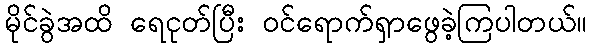
မိုင်ခွဲအထိ ရေငုတ်ပြီး ဝင်ရောက်ရှာဖွေခဲ့ကြပါတယ်။